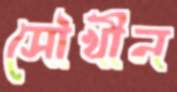
সৌখীন